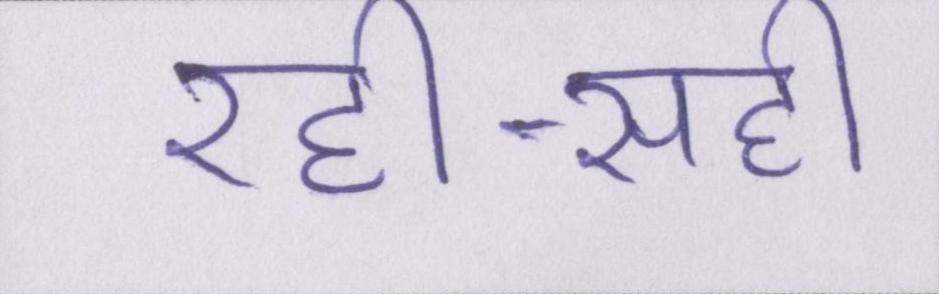
रही-सही